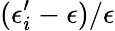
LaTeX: (\epsilon_{i}^{\prime}-\epsilon)/\epsilon